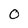
Character: 0